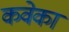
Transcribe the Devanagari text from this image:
कवेका